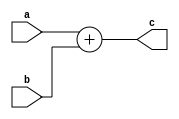
`timescale 1ns / 1ps
//////////////////////////////////////////////////////////////////////////////////
// Company: 
// Engineer: 
// 
// Design Name: 
// Module Name: adder_branch
// Project Name: 
// Target Devices: 
// Tool Versions: 
// Description: 
// 
// Dependencies: 
// 
// Revision:
// Revision 0.01 - File Created
// Additional Comments:
// 
//////////////////////////////////////////////////////////////////////////////////


module adder_branch(a, b, c);
    input [31:0] a, b;
    
    output [31:0] c;
    
    assign c = a + b;
endmodule